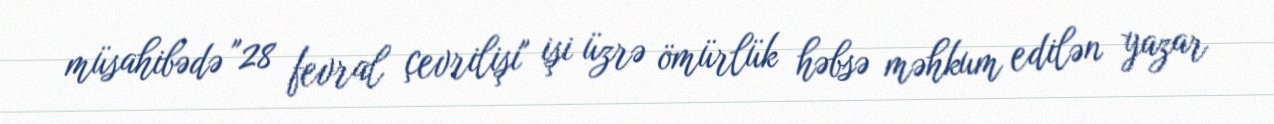
müsahibədə "28 fevral çevrilişi" işi üzrə ömürlük həbsə məhkum edilən yazar